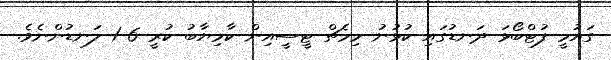
ގައުމީ ފުޓްބޯޅަ ދަނޑުގައި ކުޅުނު މިމެޗް ޓީސީއިން ކާމިޔާބު ކުރީ 6-1 ލަނޑުންނެވެ.